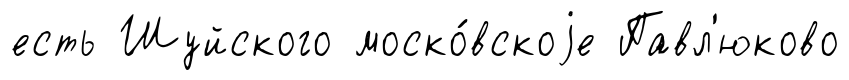
есть Шуйского моско́вскоjе Павл'юково